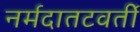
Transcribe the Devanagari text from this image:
नर्मदातटवर्ती